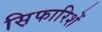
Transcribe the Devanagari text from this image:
स़िफारिशें